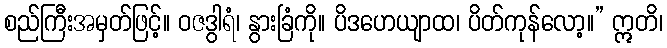
စည်ကြီးအမှတ်ဖြင့်။ ဝဇဒွါရံ၊ နွားခြံကို။ ပိဒဟေယျာထ၊ ပိတ်ကုန်လော့။” ဣတိ၊